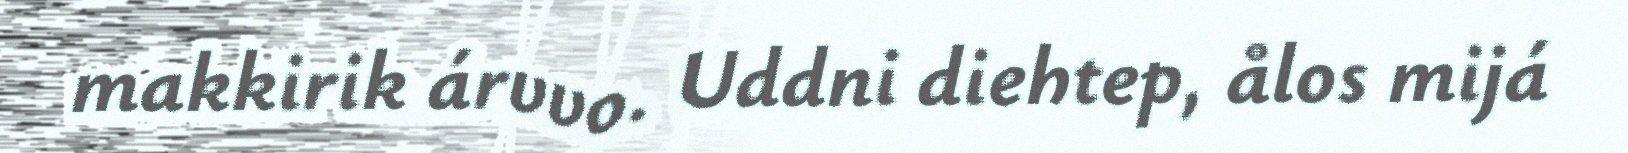
makkirik árvvo. Uddni diehtep, ålos mijá